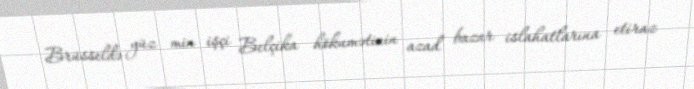
Brüsseldə yüz min işçi Belçika hökumətinin azad bazar islahatlarına etiraz